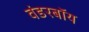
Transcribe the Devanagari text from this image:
वंडरबॉय